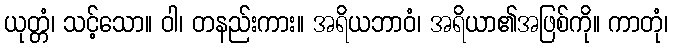
ယုတ္တံ၊ သင့်သော။ ဝါ၊ တနည်းကား။ အရိယဘာဝံ၊ အရိယာ၏အဖြစ်ကို။ ကာတုံ၊